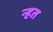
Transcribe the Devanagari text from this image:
न्हत